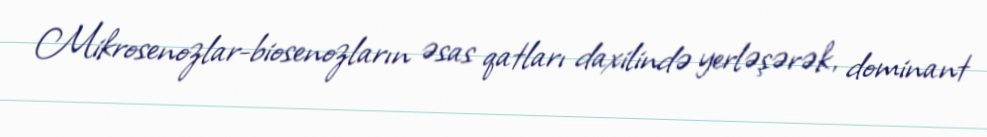
Mikrosenozlar-biosenozların əsas qatları daxilində yerləşərək, dominant